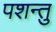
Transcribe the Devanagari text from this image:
पशन्तु